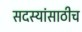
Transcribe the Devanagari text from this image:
सदस्यांसाठीच